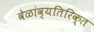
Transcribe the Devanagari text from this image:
वेळांव्यतिरिक्त